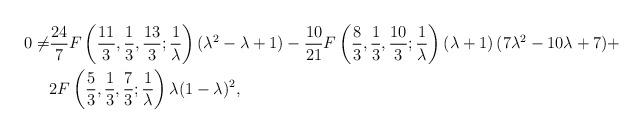
LaTeX: \begin{align*}0\neq &\frac{24}{7}F\left(\frac{11}{3},\frac{1}{3},\frac{13}{3};\frac{1}{\lambda}\right)(\lambda^2-\lambda+1)-\frac{10}{21}F\left(\frac{8}{3},\frac{1}{3},\frac{10}{3};\frac{1}{\lambda}\right)\left(\lambda+1 \right)(7\lambda^2-10\lambda+7)+\\&2F\left(\frac{5}{3},\frac{1}{3},\frac{7}{3};\frac{1}{\lambda}\right)\lambda(1-\lambda)^2,\end{align*}